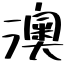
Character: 澳